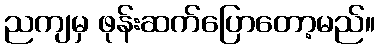
ညကျမှ ဖုန်းဆက်ပြောတော့မည်။